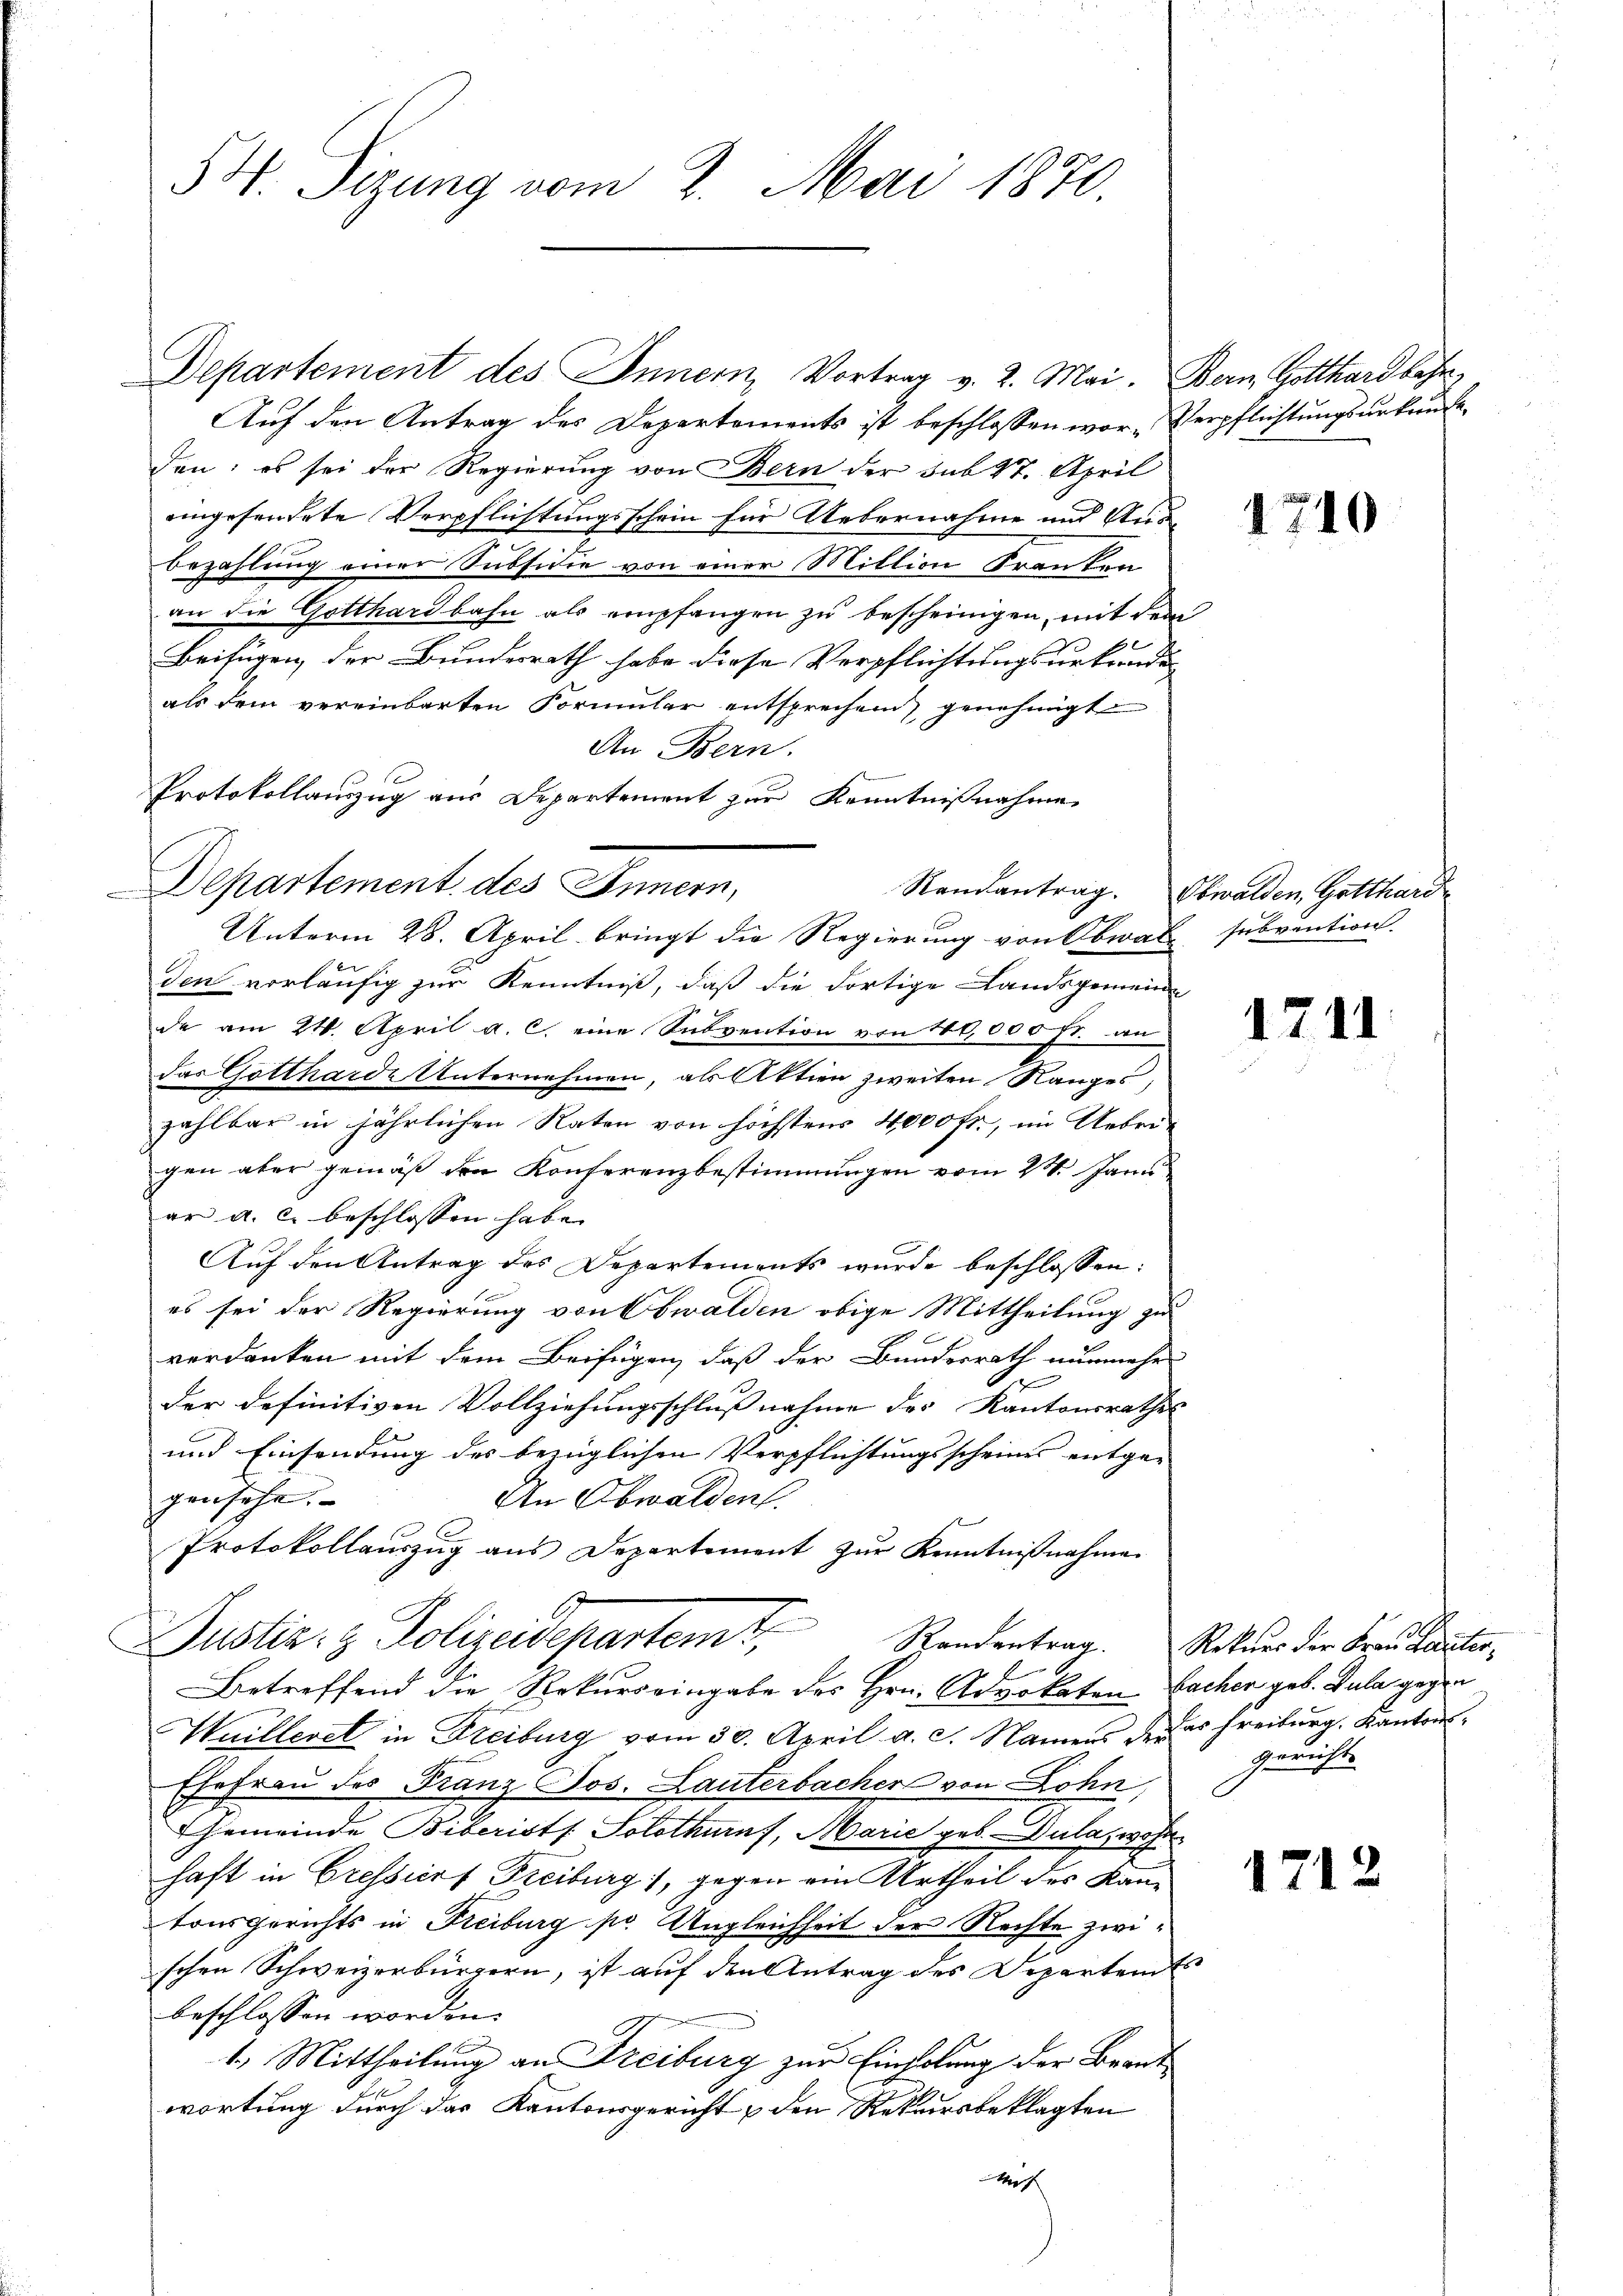
54. Sizung vom 2. Mai 1870.

Departement des Innern, Vortrag v. 2. Mai. Bern Gotthardbahn,
Auf den Antrag des Departements ist beschlossen wor- Verpflichtungsurkundeden: es sei der Regierung von Bern der sub 27. April
eingesendete Verpflichtungsschein für Uebernahme und Stun¬
.
bezahlung einer Subsidie von einer Miltion Franken
an die Gotthardbahn als empfangen zu bescheinigen, mit dem
Beifügen, der Bundesrath habe diese Verpflichtungsurkundes
als dem vereinbarten Formular entsprechen genehmigt
An Bern.
Protokollauszug aus Departement zur Kenntnißnahme
Departement des Innern,
Unterm 28. April bringt die Regierung von Obwale subvention.
den vorläufig zur Kenntniß, daß die dortige Landsgemeine
de am 24. April a. c. eine Subvention von 40,000 fr. an
das Gottharde Unternehmen, als Aktien zweiten Ranges,
zahlbar in jährlichen Raten von höchstens 4000 fr., im Uebrigen aber gemäß den Konferenzbestimmungen vom 24. Janu
ar a. c. beschlossen habe.
Auf den Antrag des Departements wurde beschlossen:
es sei der Regierung von Obwalden obige Mittheilung zu
verdanken mit dem Beifügen, daß der Bundesrath nunmehr
.
der definitiven Vollziehungsschlußnahme des Kantonsrathes
und Einsendung des bezüglichen Verpflichtungsscheines entge-
gensehe.
An Obwalden.
Protokollauszug aus Departement zŭr Kenntnißnahme
Justiz- & Polizeidepartemt,
Betreffend die Rekursringabe des Hrn. Advokaten Sacher geb. Sula gegen
Wuilleret in Freiburg vom 30. April a. c. Namens das Freiburg, Kantons¬
Ehefrau des Franz Jos. Lauterbacher von Lohn,
Gemeinde Biberists Solothurn, Marie geb. Dulazwohn
haft in Cressiert Freiburg, gegen ein Urtheil des Kantonsgerichts in Freiburg pr. Ungleichheit der Rechte zwischen Schweizerbürgern, ist auf den Antrag des Departemes
beschlossen worden.
1.) Mittheilung an Freiburg zur Einholung der Brautwortung durch das Kantonsgericht den Rekursbeklagten
Mich

1710

Randantrag. Obwalden, Gotthard

1711.

1712

Standentrag. Rekurs der Frau Lantergemacht